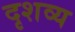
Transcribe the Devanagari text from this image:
दृशव्य